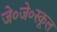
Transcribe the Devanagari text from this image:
जे०जे०स्कूल